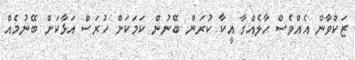
ޒަކްވާން އެއްވެސް ހާލެއްގާ އީކާ ކުރަން ބޭނުން ކަމަކަށް ހުރަސް އަޅާކަށް ބޭނުމެއް